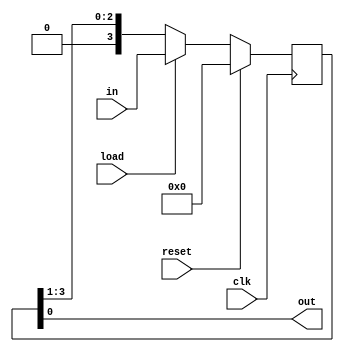
`timescale 1ns / 1ps
//////////////////////////////////////////////////////////////////////////////////
// Company: 
// Engineer: 
// 
// Design Name: 
// Module Name: PISO_reg
// Project Name: 
// Target Devices: 
// Tool Versions: 
// Description: 
// 
// Dependencies: 
// 
// Revision:
// Revision 0.01 - File Created
// Additional Comments:
// 
//////////////////////////////////////////////////////////////////////////////////


module PISO_reg #(parameter n=4)(
input clk,reset,load,
input [n-1:0]in,
output out
    );
    reg [n-1:0] shift_reg;
    always@(posedge clk)
    begin
    if(reset)
    shift_reg<=0;
    else if(load)
    shift_reg<=in;
    else
    shift_reg<=shift_reg>>1;
    end
    assign out=shift_reg[0];
endmodule